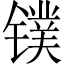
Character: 镤